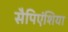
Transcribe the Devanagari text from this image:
सैपिएंशिया